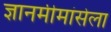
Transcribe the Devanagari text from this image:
ज्ञानमीमांसेला